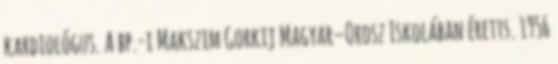
kardiológus. A bp.-i Makszim Gorkij Magyar–Orosz Iskolában éretts. 1956